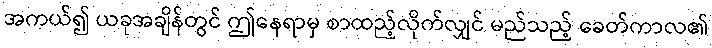
အကယ်၍ ယခုအချိန်တွင် ဤနေရာမှ စာထည့်လိုက်လျှင် မည်သည့် ခေတ်ကာလ၏